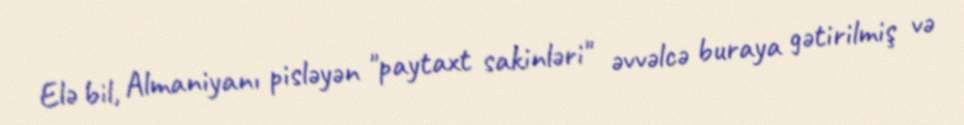
Elə bil, Almaniyanı pisləyən "paytaxt sakinləri" əvvəlcə buraya gətirilmiş və